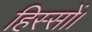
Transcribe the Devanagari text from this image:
हिस्सों।